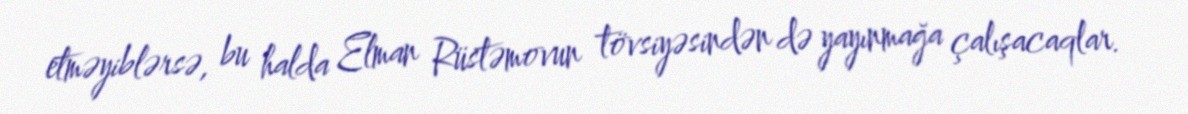
etməyiblərsə, bu halda Elman Rüstəmovun tövsiyəsindən də yayınmağa çalışacaqlar.